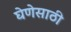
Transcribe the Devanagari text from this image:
घेणेसाठी